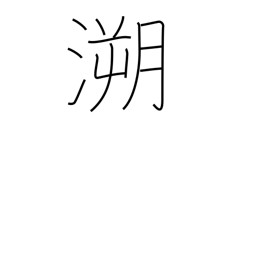
Meaning: retrace the past